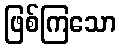
ဖြစ်ကြသော